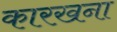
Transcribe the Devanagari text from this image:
कारखना